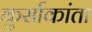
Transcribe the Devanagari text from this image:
कुर्साकांता